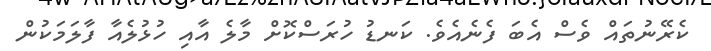
ކެރޭނުތައް ވެސް އެބަ ފެނެއެވެ. ކަނޑު ހުރަސްކޮށް މާލެ އާއި ހުޅުލެއާ ފާލަމަކުން